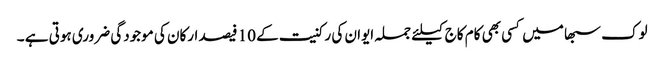
لوک سبھا میں کسی بھی کام کاج کیلئے جملہ ایوان کی رکنیت کے 10 فیصد ارکان کی موجودگی ضروری ہوتی ہے ۔